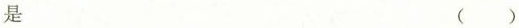
是 ()